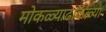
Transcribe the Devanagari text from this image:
मोकळ्याढाकळ्या